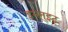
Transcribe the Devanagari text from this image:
इग्लुइट